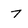
Character: 7